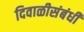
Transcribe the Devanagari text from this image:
दिवाळीसंबंधी